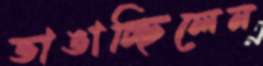
ভাঙাচ্ছিলেন